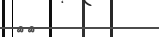
٤٣